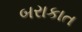
બરાકાત